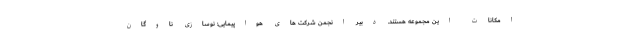
امکانات این مجموعه هستند. دبیر انجمن شرکت های هواپیمایی: نوسازی ناوگان